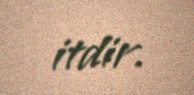
itdir.